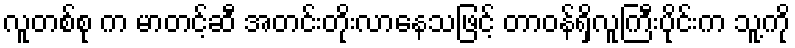
လူတစ်စု က မာတင့်ဆီ အတင်းတိုးလာနေသဖြင့် တာဝန်ရှိလူကြီးပိုင်းက သူ့ကို